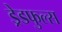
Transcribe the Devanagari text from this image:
ड्रेडफुल्स